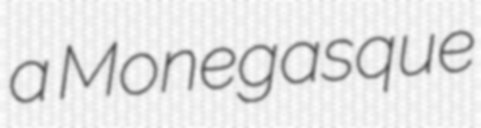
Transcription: a Monegasque